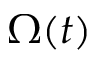
\Omega ( t )